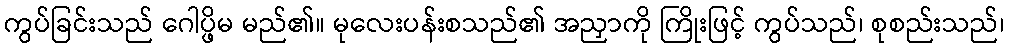
ကွပ်ခြင်းသည် ဂေါပ္ဖိမ မည်၏။ မုလေးပန်းစသည်၏ အညှာကို ကြိုးဖြင့် ကွပ်သည်၊ စုစည်းသည်၊